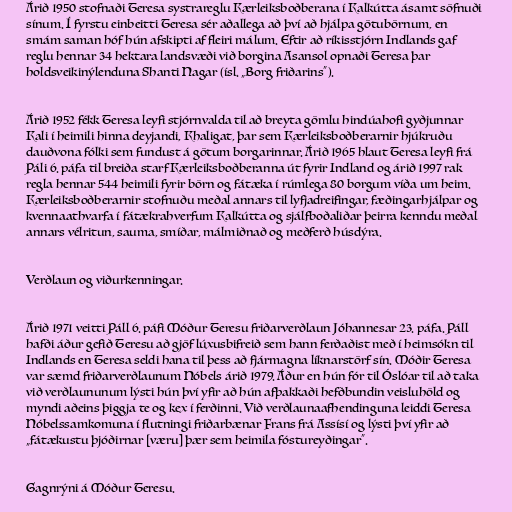
Árið 1950 stofnaði Teresa systrareglu Kærleiksboðberana í Kalkútta ásamt söfnuði
sínum. Í fyrstu einbeitti Teresa sér aðallega að því að hjálpa götubörnum, en
smám saman hóf hún afskipti af fleiri málum. Eftir að ríkisstjórn Indlands gaf
reglu hennar 34 hektara landsvæði við borgina Asansol opnaði Teresa þar
holdsveikinýlenduna Shanti Nagar (ísl. „Borg friðarins“).

Árið 1952 fékk Teresa leyfi stjórnvalda til að breyta gömlu hindúahofi gyðjunnar
Kali í heimili hinna deyjandi, Khaligat, þar sem Kærleiksboðberarnir hjúkruðu
dauðvona fólki sem fundust á götum borgarinnar. Árið 1965 hlaut Teresa leyfi frá
Páli 6. páfa til breiða starf Kærleiksboðberanna út fyrir Indland og árið 1997 rak
regla hennar 544 heimili fyrir börn og fátæka í rúmlega 80 borgum víða um heim.
Kærleiksboðberarnir stofnuðu meðal annars til lyfjadreifingar, fæðingarhjálpar og
kvennaathvarfa í fátækrahverfum Kalkútta og sjálfboðaliðar þeirra kenndu meðal
annars vélritun, sauma, smíðar, málmiðnað og meðferð húsdýra.

Verðlaun og viðurkenningar.

Árið 1971 veitti Páll 6. páfi Móður Teresu friðarverðlaun Jóhannesar 23. páfa. Páll
hafði áður gefið Teresu að gjöf lúxusbifreið sem hann ferðaðist með í heimsókn til
Indlands en Teresa seldi hana til þess að fjármagna líknarstörf sín. Móðir Teresa
var sæmd friðarverðlaunum Nóbels árið 1979. Áður en hún fór til Óslóar til að taka
við verðlaununum lýsti hún því yfir að hún afþakkaði hefðbundin veisluhöld og
myndi aðeins þiggja te og kex í ferðinni. Við verðlaunaafhendinguna leiddi Teresa
Nóbelssamkomuna í flutningi friðarbænar Frans frá Assísí og lýsti því yfir að
„fátækustu þjóðirnar [væru] þær sem heimila fóstureyðingar“.

Gagnrýni á Móður Teresu.